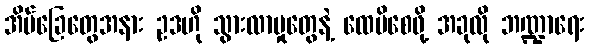
အိမ်ခြေတွေအနား ဥဒဟို သွားလာမှုတွေနဲ့ ထေမိစေဖို့ အခုလို ဘဏ္ဍာရေး